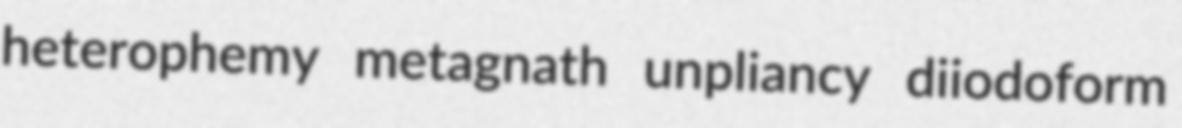
heterophemy metagnath unpliancy diiodoform